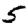
Digit: 5